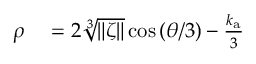
\begin{array} { r l } { \rho } & { { } = 2 \sqrt [ 3 ] { \| \zeta \| } \cos { \left( \theta / 3 \right) } - \frac { k _ { \mathrm { a } } } { 3 } } \end{array}